Uue-Poltsamaa_vallakohus, lk 67
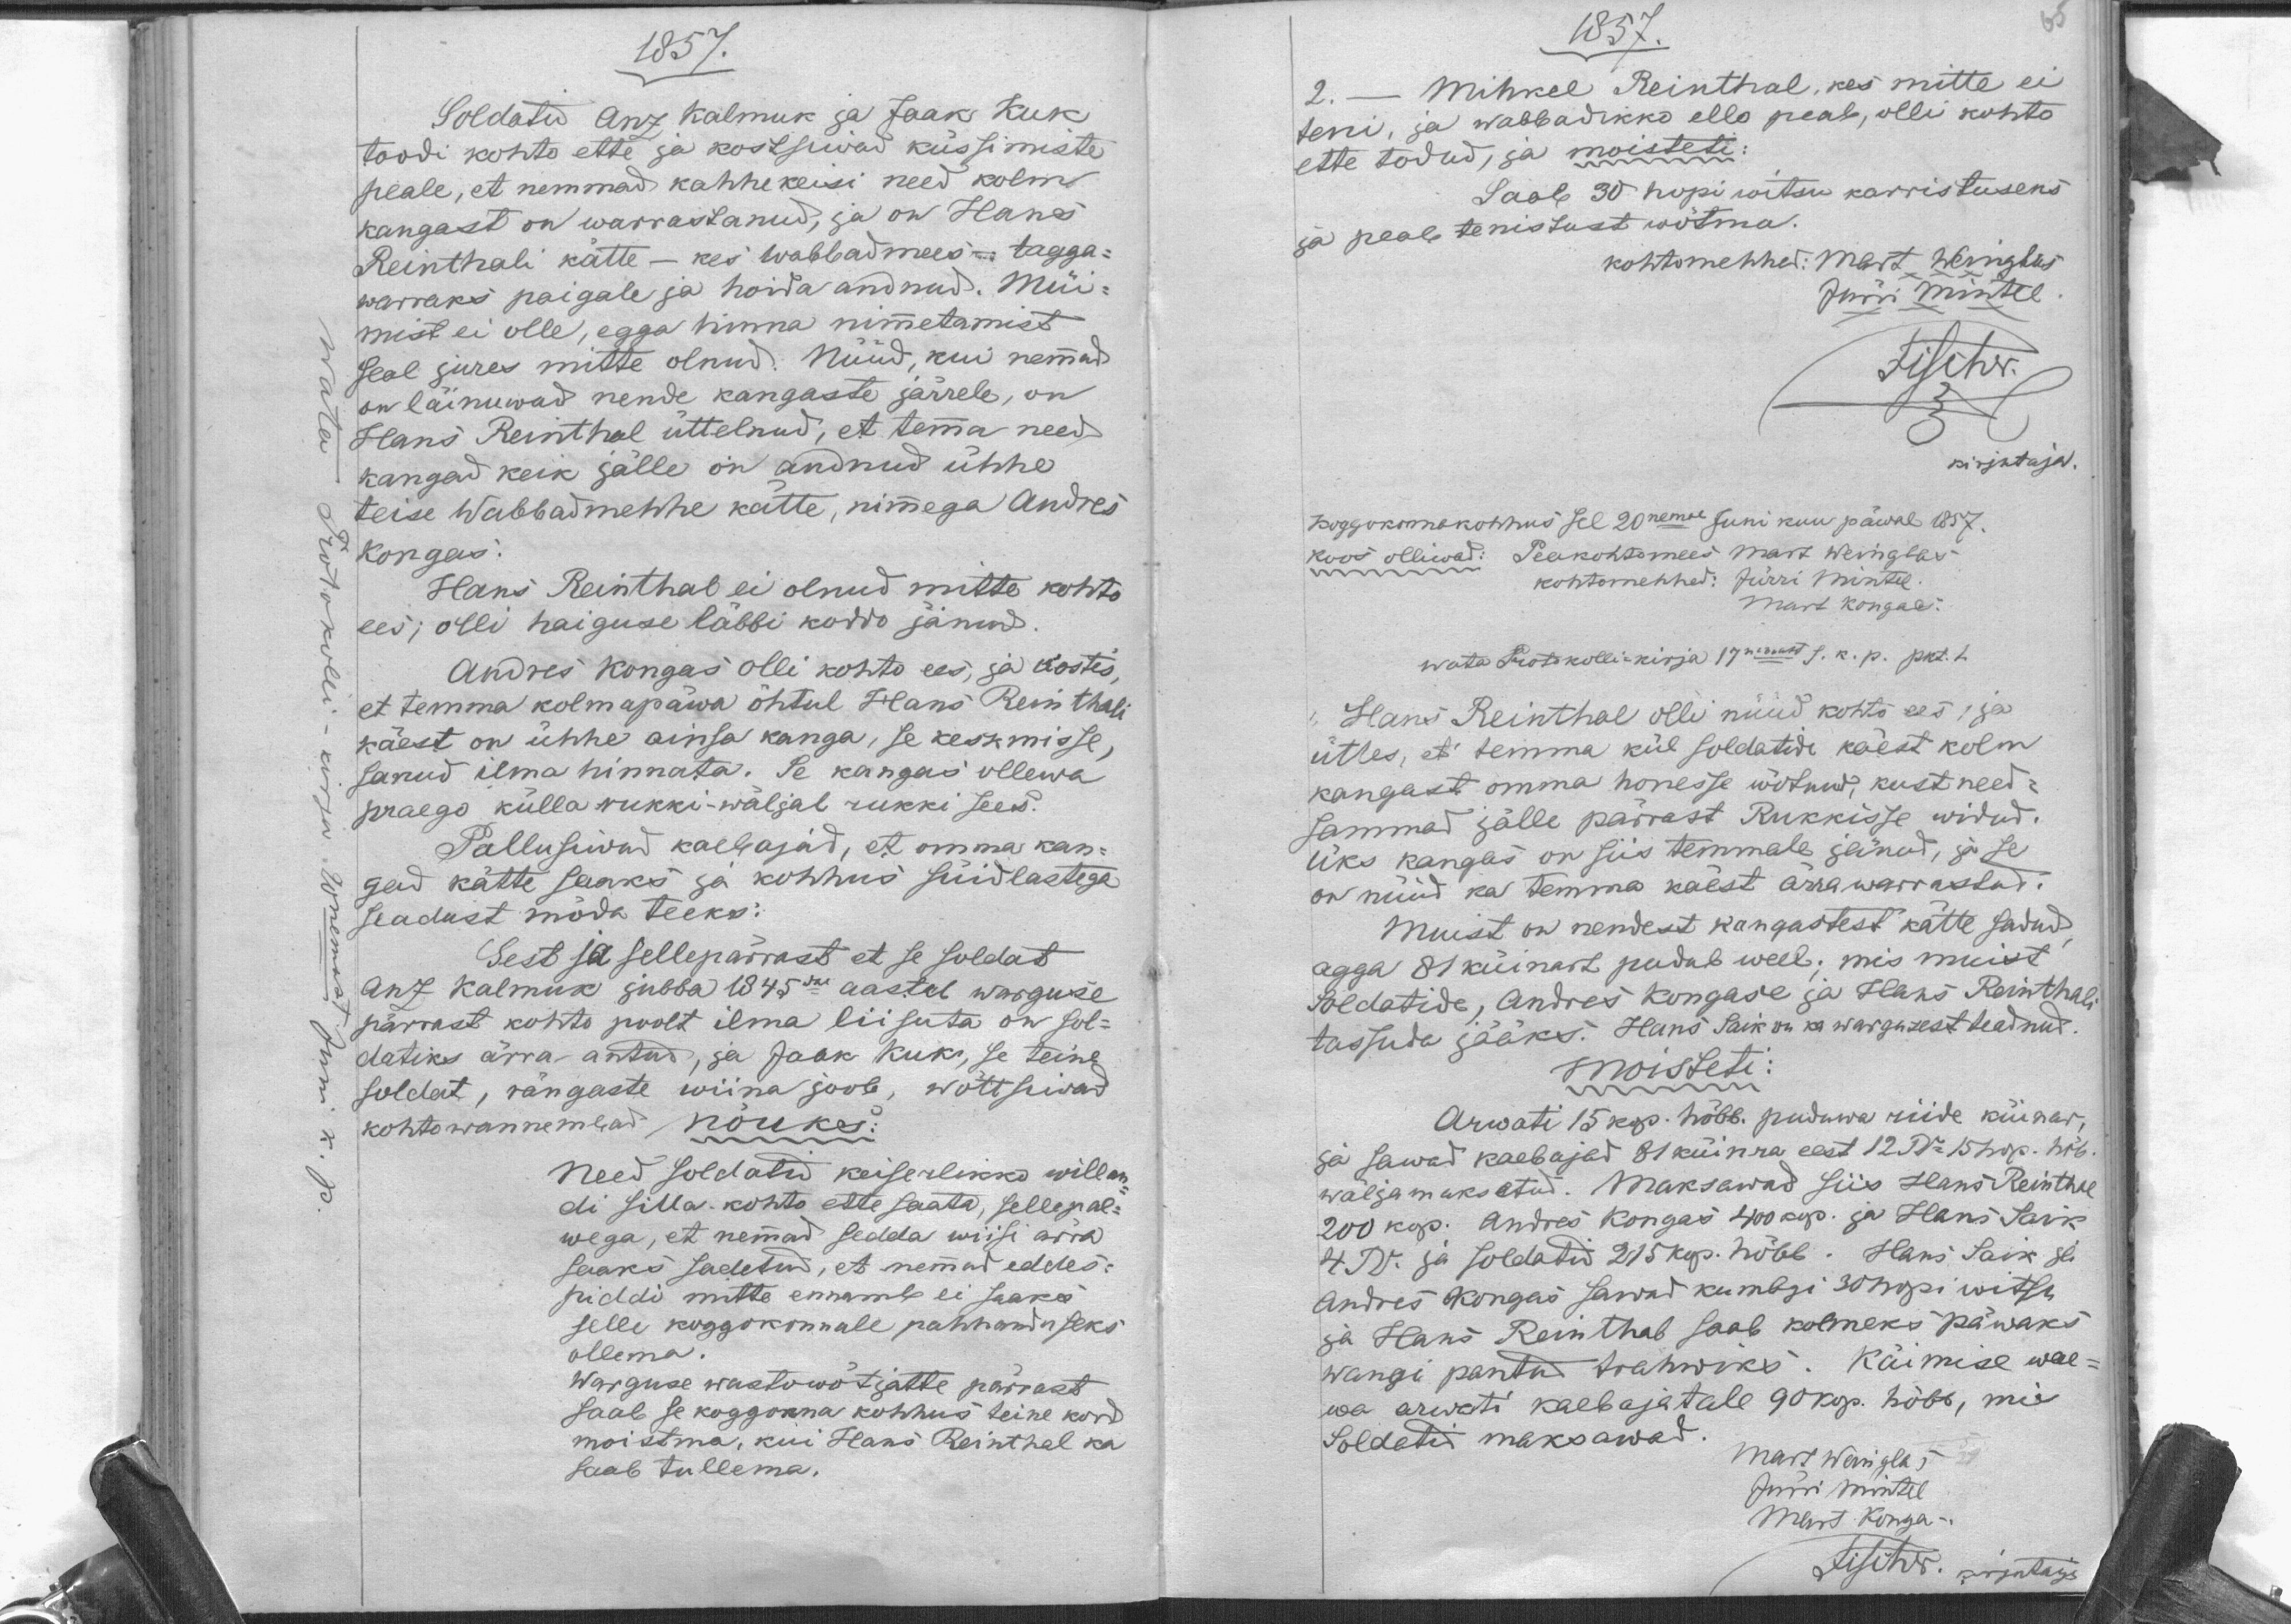
1857.
Soldatid Ants Kalmuk ja Jaak Kuk 
toodi kohto ette ja kostsiwad küssimiste
peale, et nemmad kahhekeisi need kolm
kangast on warrastanud, ja on Hans
Reinthali kätte - kes wabbadmees - tagga-
warraks paigale ja hoida andnud. Müi-
mist ei olle, egga hinna nimmetamist
seal jures mitte olnud. Nüüd, kui nemmad
on läinuwad nende kangaste järrele, on
Hans Reinthal üttelnud, et temma need
kangad keik jälle on andnud ühhe
teise Wabbadmehhe kätte, nimmega Andres
Kongas.
Hans Reinthal ei olnud mitte kohto
ees, olli haiguse läbbi koddo jänud.
Andres Kongas olli kohto ees, ja kostis,
et temma kolmapäwa õhtul Hans Reinthali
käest on ühhe ainsa kanga, se keskmisse,
sanud ilma hinnata. Se kangas ollewa
praego külla rukki-wäljal rukki sees.
Pallusiwad kaebajad, et omma kan-
gad kätte saaks ja kohhus süidlastega
seadust mõda teeks.
Sest ja sellepärrast et se soldat
Anz Kalmuk jubba 1845dal aastal warguse
pärrast kohto poolt ilma liisuta on sol-
datiks ärra antud, ja Jaak Kuk, se teine
soldat, rängaste wiina joob, wõttsiwad
Kohtowannembad nõuks:
need soldatid keiserlikko willan-
di silla-kohto ette saata, sellepal-
wega, et nemmad sedda wiisi ärra
saaks sadetud, et nemmad eddes-
piddi mitte ennamb ei saaks
selle koggokonnale pahhanduseks
ollema.
Warguse wastowõtjatte pärrast
saab se koggonna kohhus teine kord
moistma, kui Hans Reinthel ka
saab tullema.

1857.
Mihkel Reinthal, kes mitte ei
2.
teni, ja wabbadikko ello peab, olli kohto
ette todud, ja moisteti:
Saab 30 hopi witsu karristuseks
ja peab tenistust wõtma.
kohtomehhed: Mart Weinglas
Jürri Mintel
kirjutaja.
Koggokonna kohhus sel 20nemal Juni kuu päwal 1857.
koos olliwad: Peakohtomees Mart Weinglas
kohtomehhed: Jürri Mintel.
Mart Kongas.
wata Protokolli-kirja 17nendast s. k. p. pkt. 1.
Hans Reinthal olli nüüd kohto ees, ja
ütles, et temma kül soldatide käest kolm
kangast omma honesse wõtnud, kust need-
sammad jälle pärrast Rukkisse widud.
Üks kangas on siis temmale jänud, ja se
on nüüd ka temma käest ärra warrastud.
Muist on nendest kangastest kätte sadud,
agga 81 küinart pudub weel; mis muist
Soldatide, Andres Kongase ja Hans Reinthali
tassuda jääks. Hans Saik on ka wargusest teadnud.
moisteti:
Arwati 15 kop. hõbb. puduwa riide küinar,
ja sawad kaebajad 81 küinra eest 12 Ru 15 kop. hõb.
wäljamaksetud. Maksawad siis Hans Reinthal
200 kop. Andres Kongas 400 kop. ja Hans Saik
4 Ru. ja soldatid 215 kop. hõbb. Hans Saik ja
Andres Kongas sawad kumbgi 30 hopi witsa
ja Hans Reinthal saab kolmeks päwaks
wangi pantud trahwiks. Käimise wae-
wa arwati kaebajatale 90 kop. hõbb, mis
soldatid maksawad.
Mart Weinglas
Jürri Mintel
Mart Kongas